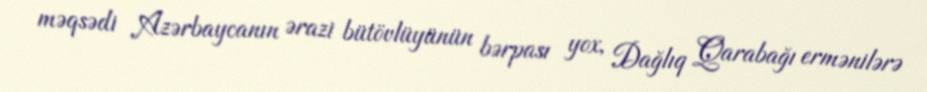
məqsədi Azərbaycanın ərazi bütövlüyünün bərpası yox, Dağlıq Qarabağı ermənilərə